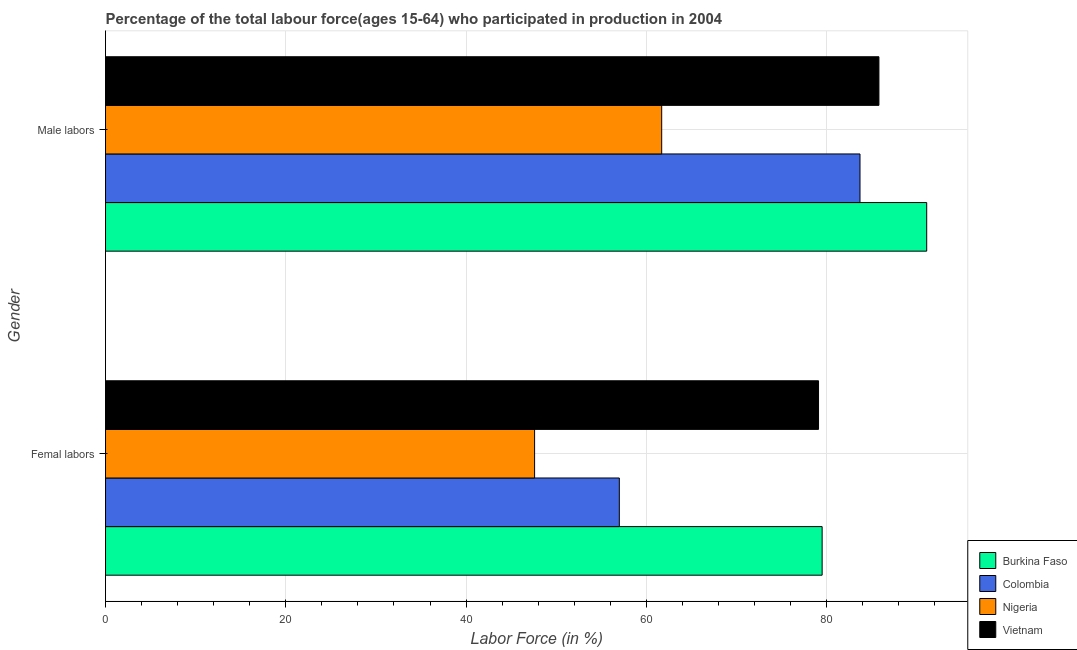
| Gender | Burkina Faso | Colombia | Nigeria | Vietnam |
 | --- | --- | --- | --- | --- |
 | Femal labors | 79.5 | 57 | 47.6 | 79.1 |
 | Male labors | 91.1 | 83.7 | 61.7 | 85.8 |